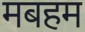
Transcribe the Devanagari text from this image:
मबहम